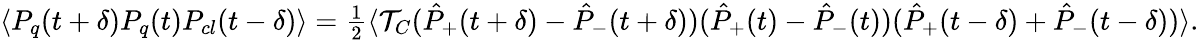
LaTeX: \begin{array}{r}{\langle P_{q}(t+\delta)P_{q}(t)P_{cl}(t-\delta)\rangle=\frac{1}{2}\langle{\cal T}_{C}(\hat{P}_{+}(t+\delta)-\hat{P}_{-}(t+\delta))(\hat{P}_{+}(t)-\hat{P}_{-}(t))(\hat{P}_{+}(t-\delta)+\hat{P}_{-}(t-\delta))\rangle.}\end{array}